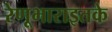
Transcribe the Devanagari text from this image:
रेणूभाराइतके